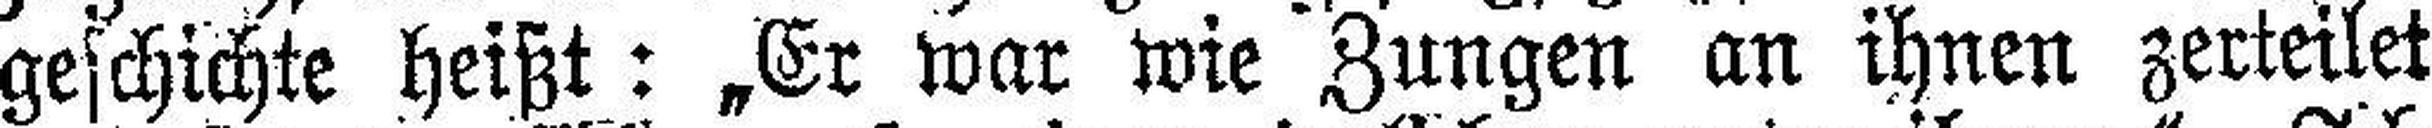
geschichte heißt: „Er war wie Zungen an ihnen zerteilet